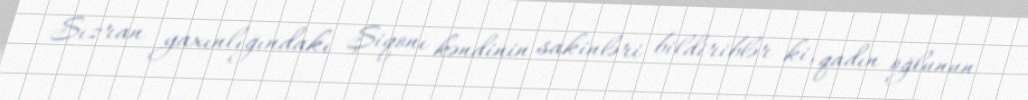
Sızran yaxınlığındakı Şiqonı kəndinin sakinləri bildiriblər ki, qadın oğlunun